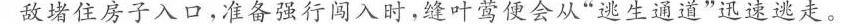
敌堵住房子入口，准备强行闯入时，缝叶莺便会从”逃生通道”迅速逃走。